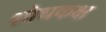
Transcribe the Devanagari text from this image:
शोधकक्ष